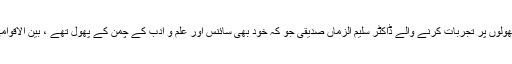
پاکستان کے جوہر قابل اور زندگی بھر جڑی بوٹیوں اور پھولوں پر تجربات کرنے والے ڈاکٹر سلیم الزماں صدیقی جو کہ خود بھی سائنس اور علم و ادب کے چمن کے پھول تھے ، بین الاقوامی طور پر ممتاز سائنسدان کے طور پر مانے جاتے تھے۔